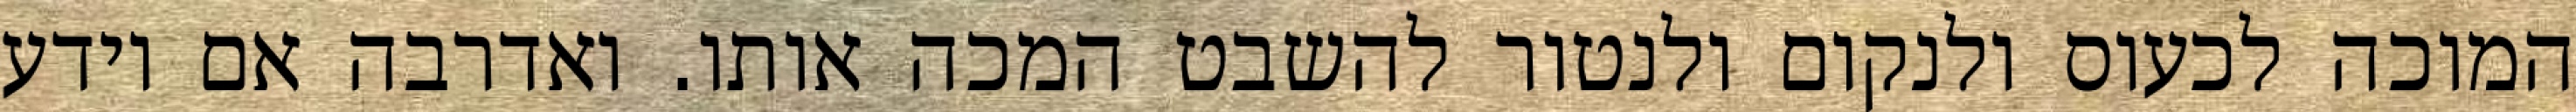
המוכה לכעוס ולנקום ולנטור להשבט המכה אותו. ואדרבה אם יודע